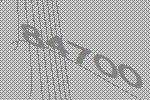
84700